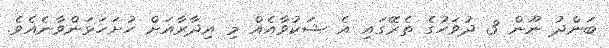
ބަންދު ނޫން 3 ދުވަހުގެ ތެރޭގައި އެ ޝަކުވާއެއް މި އިދާރާއަށް ހުށަހަޅަންވާނެއެވެ.